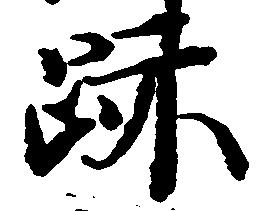
跡